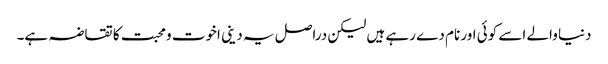
دنیا والے اسے کوئی اور نام دے رہے ہیں لیکن دراصل یہ دینی اخوت ومحبت کا تقاضہ ہے۔